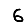
Digit: 6